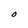
Character: O